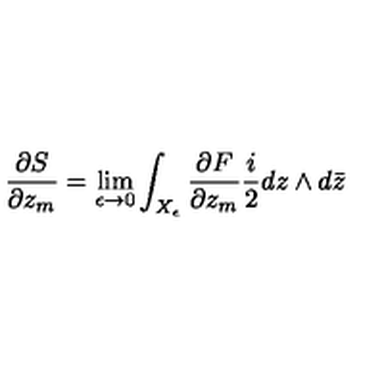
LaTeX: \frac { \partial S } { \partial z _ { m } } = \lim _ { \epsilon \rightarrow 0 } \int _ { X _ { \epsilon } } \frac { \partial F } { \partial z _ { m } } \frac { i } { 2 } d z \wedge d \bar { z }